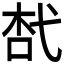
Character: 𢎋